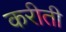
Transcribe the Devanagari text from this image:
करीती